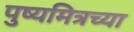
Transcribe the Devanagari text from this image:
पुष्यमित्रच्या